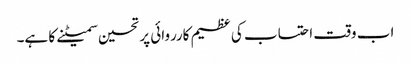
اب وقت احتساب کی عظیم کارروائی پر تحسین سمیٹنے کا ہے۔